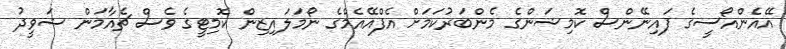
އޭއެންއޯސީގެ ފައިނޭންސް ކޮމިޝަންގެ މެންބަރުކަމަށް އެފްއޭއެމްގެ ނޯމަލައިޒިން ކޮމިޓީގެ ވެސް ޗެއާމަން ޝަވީދު